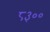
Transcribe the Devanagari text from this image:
८३००